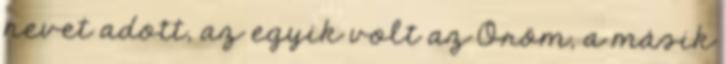
nevet adott, az egyik volt az Öröm, a másik